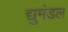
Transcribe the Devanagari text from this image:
द्युमंडल